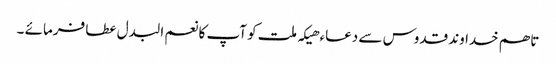
تاھم خدا وند قدوس سے دعاء ھیکہ ملت کو آپ کا نعم البدل عطا فرمائے ۔